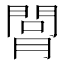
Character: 𦟲